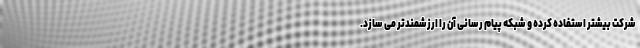
شرکت بیشتر استفاده کرده و شبکه پیام رسانی آن را ارزشمندتر می سازد.